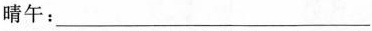
晴午：___